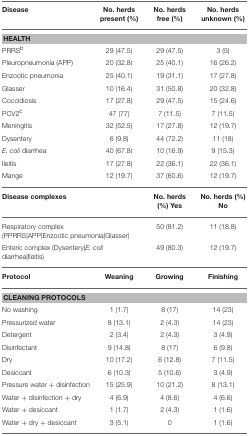
<table><thead><tr><td><b>Disease</b></td><td><b>No. herds present (%)</b></td><td><b>No. herds free (%)</b></td><td><b>No. herds unknown (%)</b></td></tr></thead><tbody><tr><td colspan="4"><b>HEALTH</b></td></tr><tr><td>PRRS<sup>b</sup></td><td>29 (47.5)</td><td>29 (47.5)</td><td>3 (5)</td></tr><tr><td>Pleuropneumonia (APP)</td><td>20 (32.8)</td><td>25 (40.1)</td><td>16 (26.2)</td></tr><tr><td>Enzootic pneumonia</td><td>25 (40.1)</td><td>19 (31.1)</td><td>17 (27.8)</td></tr><tr><td>Glasser</td><td>10 (16.4)</td><td>31 (50.8)</td><td>20 (32.8)</td></tr><tr><td>Coccidiosis</td><td>17 (27.8)</td><td>29 (47.5)</td><td>15 (24.6)</td></tr><tr><td>PCV2<sup>c</sup></td><td>47 (77)</td><td>7 (11.5)</td><td>7 (11.5)</td></tr><tr><td>Meningitis</td><td>32 (52.5)</td><td>17 (27.8)</td><td>12 (19.7)</td></tr><tr><td>Dysentery</td><td>6 (9.8)</td><td>44 (72.2)</td><td>11 (18)</td></tr><tr><td><i>E. coli</i> diarrhea</td><td>40 (67.8)</td><td>10 (16.9)</td><td>9 (15.3)</td></tr><tr><td>Ileitis</td><td>17 (27.8)</td><td>22 (36.1)</td><td>22 (36.1)</td></tr><tr><td>Mange</td><td>12 (19.7)</td><td>37 (60.6)</td><td>12 (19.7)</td></tr><tr><td colspan="2"><b>Disease complexes</b></td><td><b>No. herds (%) Yes</b></td><td><b>No. herds (%) No</b></td></tr><tr><td colspan="2">Respiratory complex (PPRRS|APP|Enzootic pneumonia|Glasser)</td><td>50 (81.2)</td><td>11 (18.8)</td></tr><tr><td colspan="2">Enteric complex (Dysentery|<i>E. coli</i> diarrhea|Ileitis)</td><td>49 (80.3)</td><td>12 (19.7)</td></tr><tr><td><b>Protocol</b></td><td><b>Weaning</b></td><td><b>Growing</b></td><td><b>Finishing</b></td></tr><tr><td colspan="4"><b>CLEANING PROTOCOLS</b></td></tr><tr><td>No washing</td><td>1 (1.7)</td><td>8 (17)</td><td>14 (23)</td></tr><tr><td>Pressurized water</td><td>8 (13.1)</td><td>2 (4.3)</td><td>14 (23)</td></tr><tr><td>Detergent</td><td>2 (3.4)</td><td>2 (4.3)</td><td>3 (4.9)</td></tr><tr><td>Disinfectant</td><td>9 (14.8)</td><td>8 (17)</td><td>6 (9.8)</td></tr><tr><td>Dry</td><td>10 (17.2)</td><td>6 (12.8)</td><td>7 (11.5)</td></tr><tr><td>Desiccant</td><td>6 (10.3)</td><td>5 (10.6)</td><td>3 (4.9)</td></tr><tr><td>Pressure water + disinfection</td><td>15 (25.9)</td><td>10 (21.2)</td><td>8 (13.1)</td></tr><tr><td>Water + disinfection + dry</td><td>4 (6.9)</td><td>4 (8.6)</td><td>4 (6.6)</td></tr><tr><td>Water + desiccant</td><td>1 (1.7)</td><td>2 (4.3)</td><td>1 (1.6)</td></tr><tr><td>Water + dry + desiccant</td><td>3 (5.1)</td><td>0</td><td>1 (1.6)</td></tr></tbody></table>